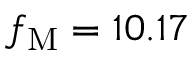
f _ { \mathrm { M } } = 1 0 . 1 7